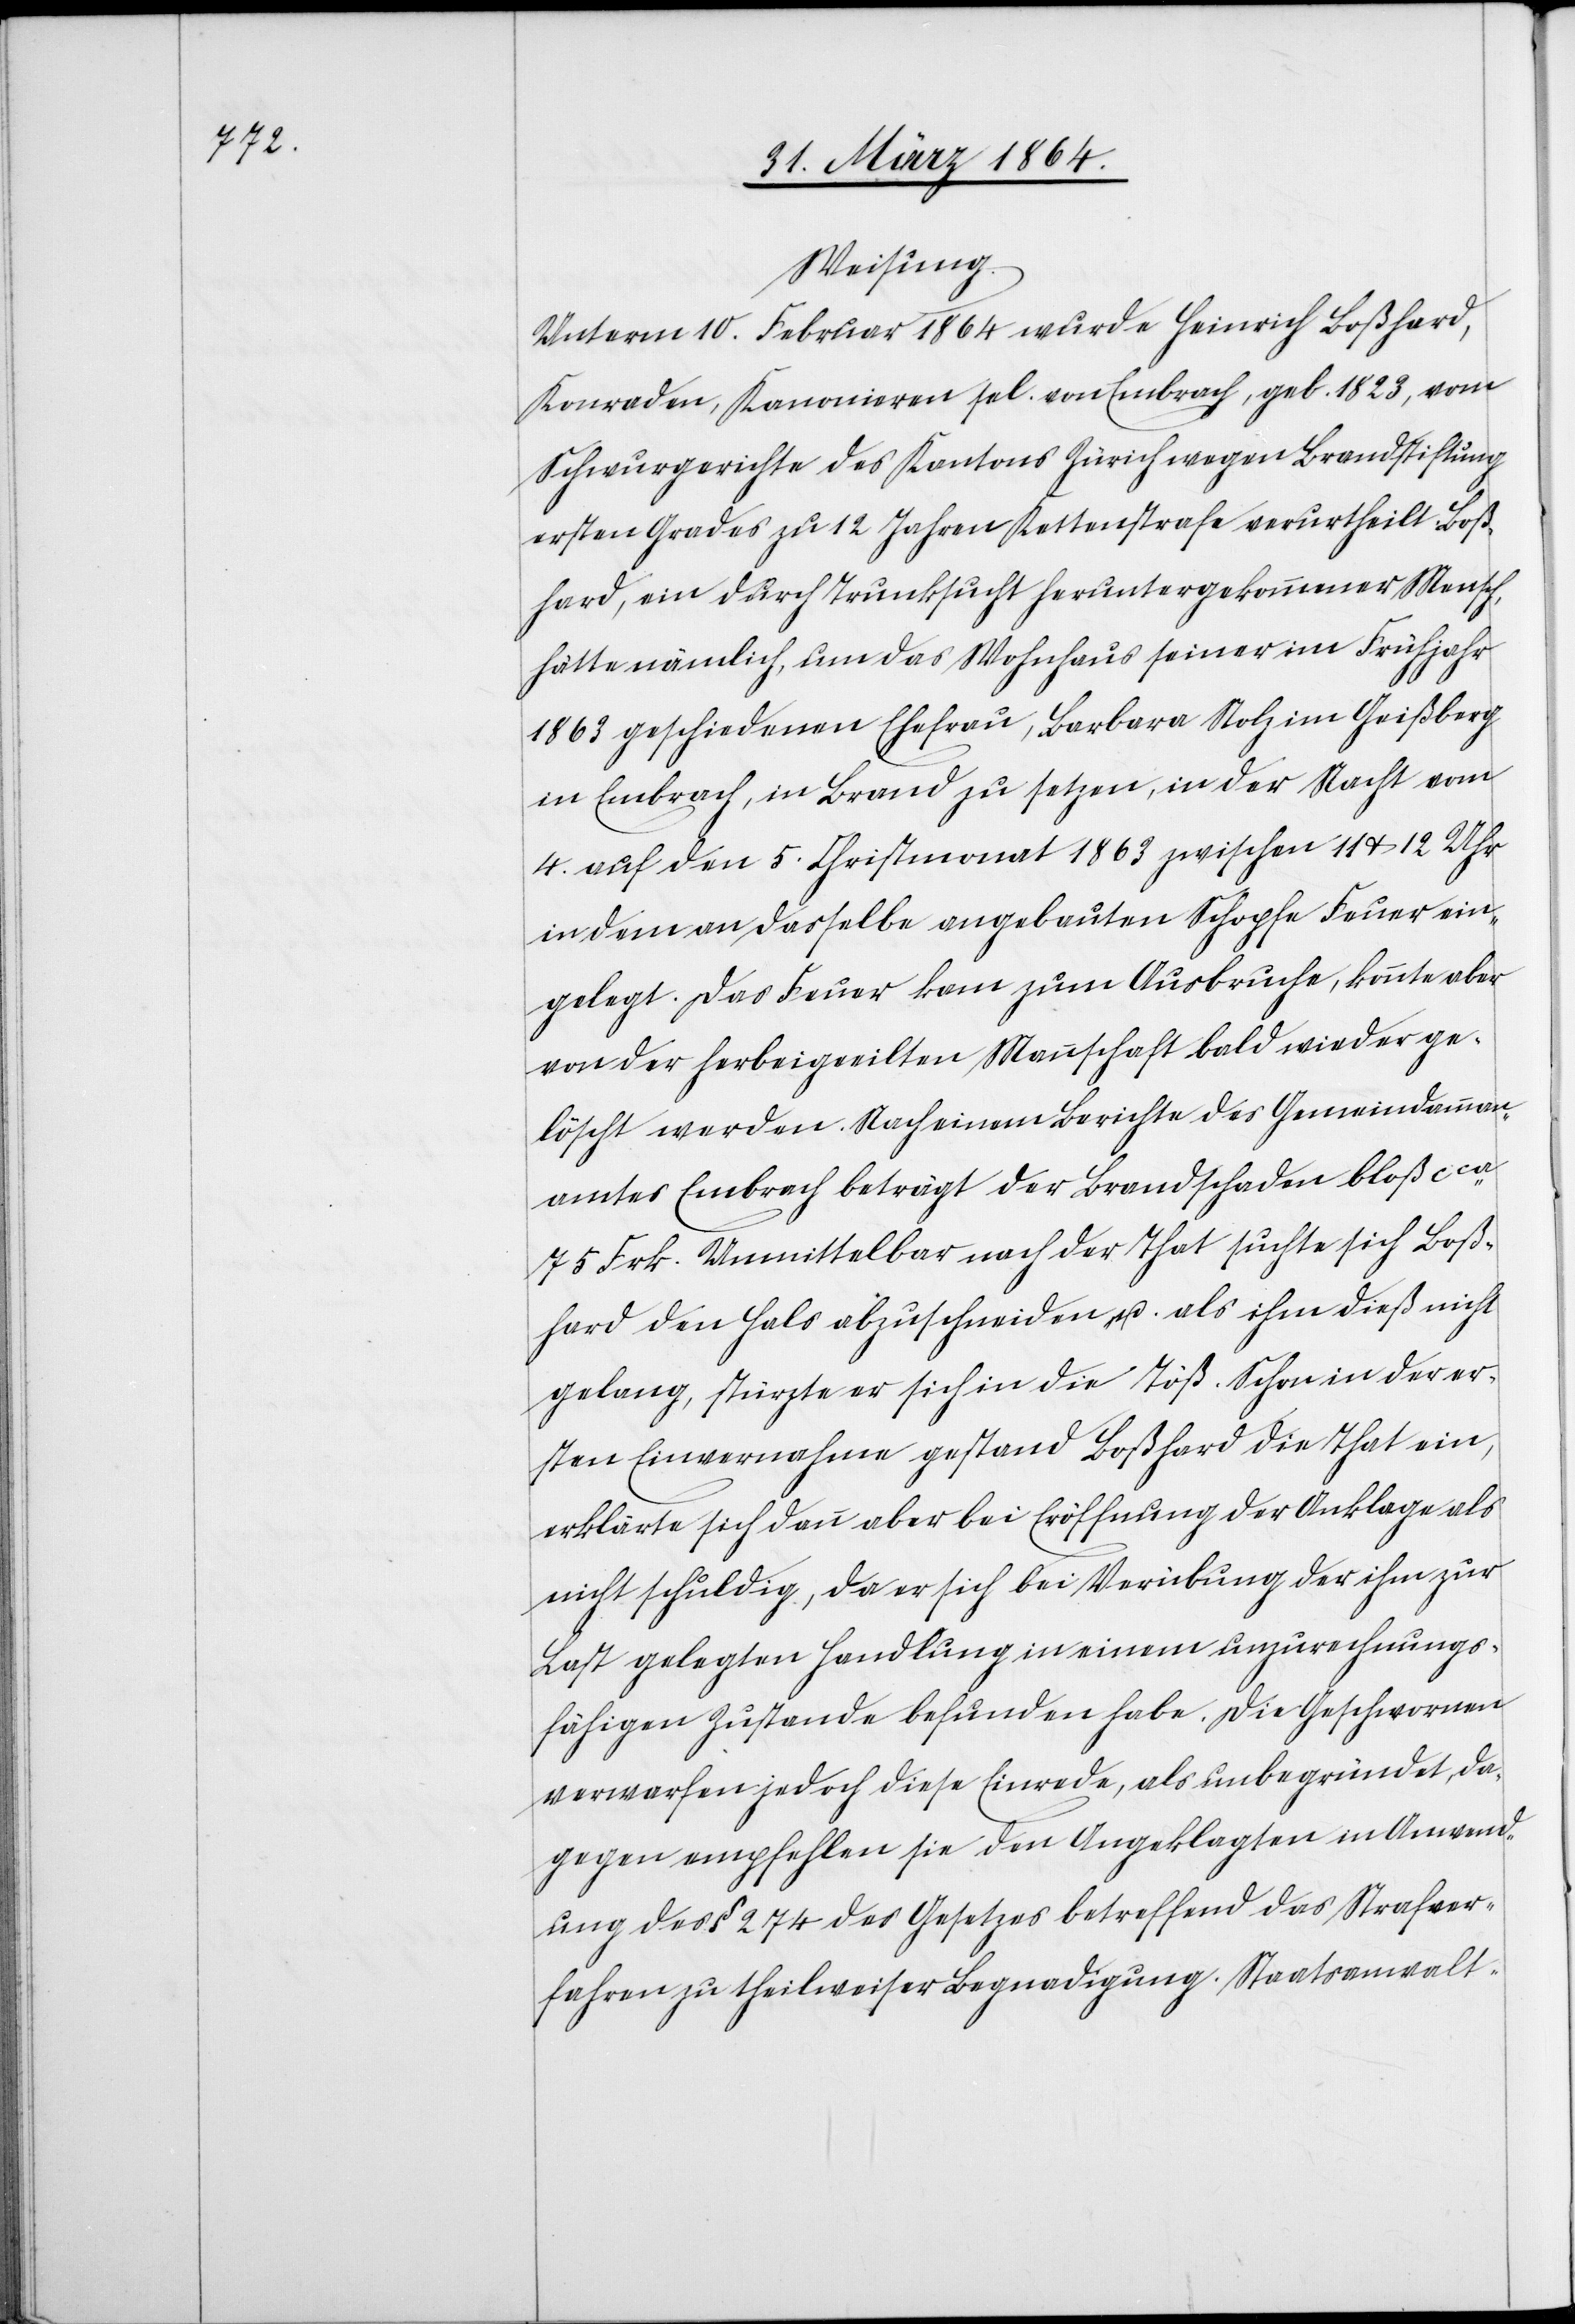
Weisung.
Unterm 10. Februar 1864 wurde Heinrich Boßhard,
Konraden, Kanonieren sel. von Embrach, geb. 1823, vom
Schwurgerichte des Kantons Zürich wegen Brandstiftung
ersten Grades zu 12 Jahren Kettenstrafe verurtheilt. Boß¬
hard, ein durch Trunksucht heruntergekommener Mensch,
hätte nämlich, um das Wohnhaus seiner im Frühjahr
1863 geschiedenen Ehefrau, Barbara Stolz im Geißberg
in Embrach, in Brand zu setzen, in der Nacht vom
4. auf den 5. Christmonat 1863 zwischen 11 u. 12 Uhr
in dem an dasselbe angebauten Schopfe Feuer ein¬
gelegt. Das Feuer kam zum Ausbruche, konnte aber
von der herbeigeeilten Mannschaft bald wieder ge¬
löscht werden. Nach einem Berichte des Gemeindamman¬
amtes Embrach beträgt der Brandschaden bloß cca
75 Frk. Unmittelbar nach der That suchte sich Boß¬
hard den Hals abzuschneiden u. als ihm dieß nicht
gelang, stürzte er sich in die Töß. Schon in der er¬
sten Einvernahme gestand Boßhard die That ein,
erklärte sich dann aber bei Eröffnung der Anklage als
nicht schuldig, da er sich bei Verübung der ihm zur
Last gelegten Handlung in einem unzurechnungs¬
fähigen Zustande befunden habe. Die Geschworenen
verwarfen jedoch diese Einrede, als unbegründet, da¬
gegen empfehlen sie den Angeklagten in Anwend¬
ung des § 274 des Gesetzes betreffend das Strafver¬
fahren zu theilweiser Begnadigung. Staatsanwalt-